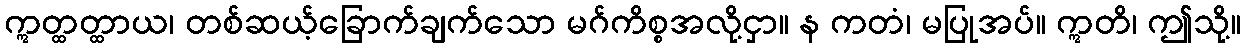
ဣတ္ထတ္ထာယ၊ တစ်ဆယ့်ခြောက်ချက်သော မဂ်ကိစ္စအလို့ငှာ။ န ကတံ၊ မပြုအပ်။ ဣတိ၊ ဤသို့။